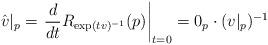
LaTeX: \begin{align*} \hat v|_p = \left. \frac{d}{dt} R_{\exp(tv)^{-1}}(p) \right|_{t=0} = 0_p \cdot (v|_p)^{-1} \end{align*}